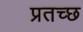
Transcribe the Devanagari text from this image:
प्रतच्छ